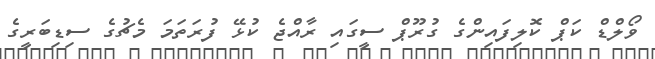
ވޯލްޑް ކަޕް ކޮލިފައިންގެ ގުރޫޕް ސީގައި ރާއްޖެ ކުޅޭ ފުރަަތަމަ މެޗުގެ ސިޑިބަރީގެ